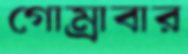
গোম্‌রাবার